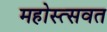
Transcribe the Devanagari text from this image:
महोस्त्सवत